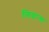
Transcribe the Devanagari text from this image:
लिग्नान्स